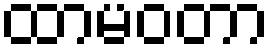
ထာမဝတာ